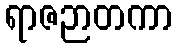
ရာဇဉာတကာ